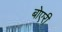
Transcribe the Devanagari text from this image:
बोएरी